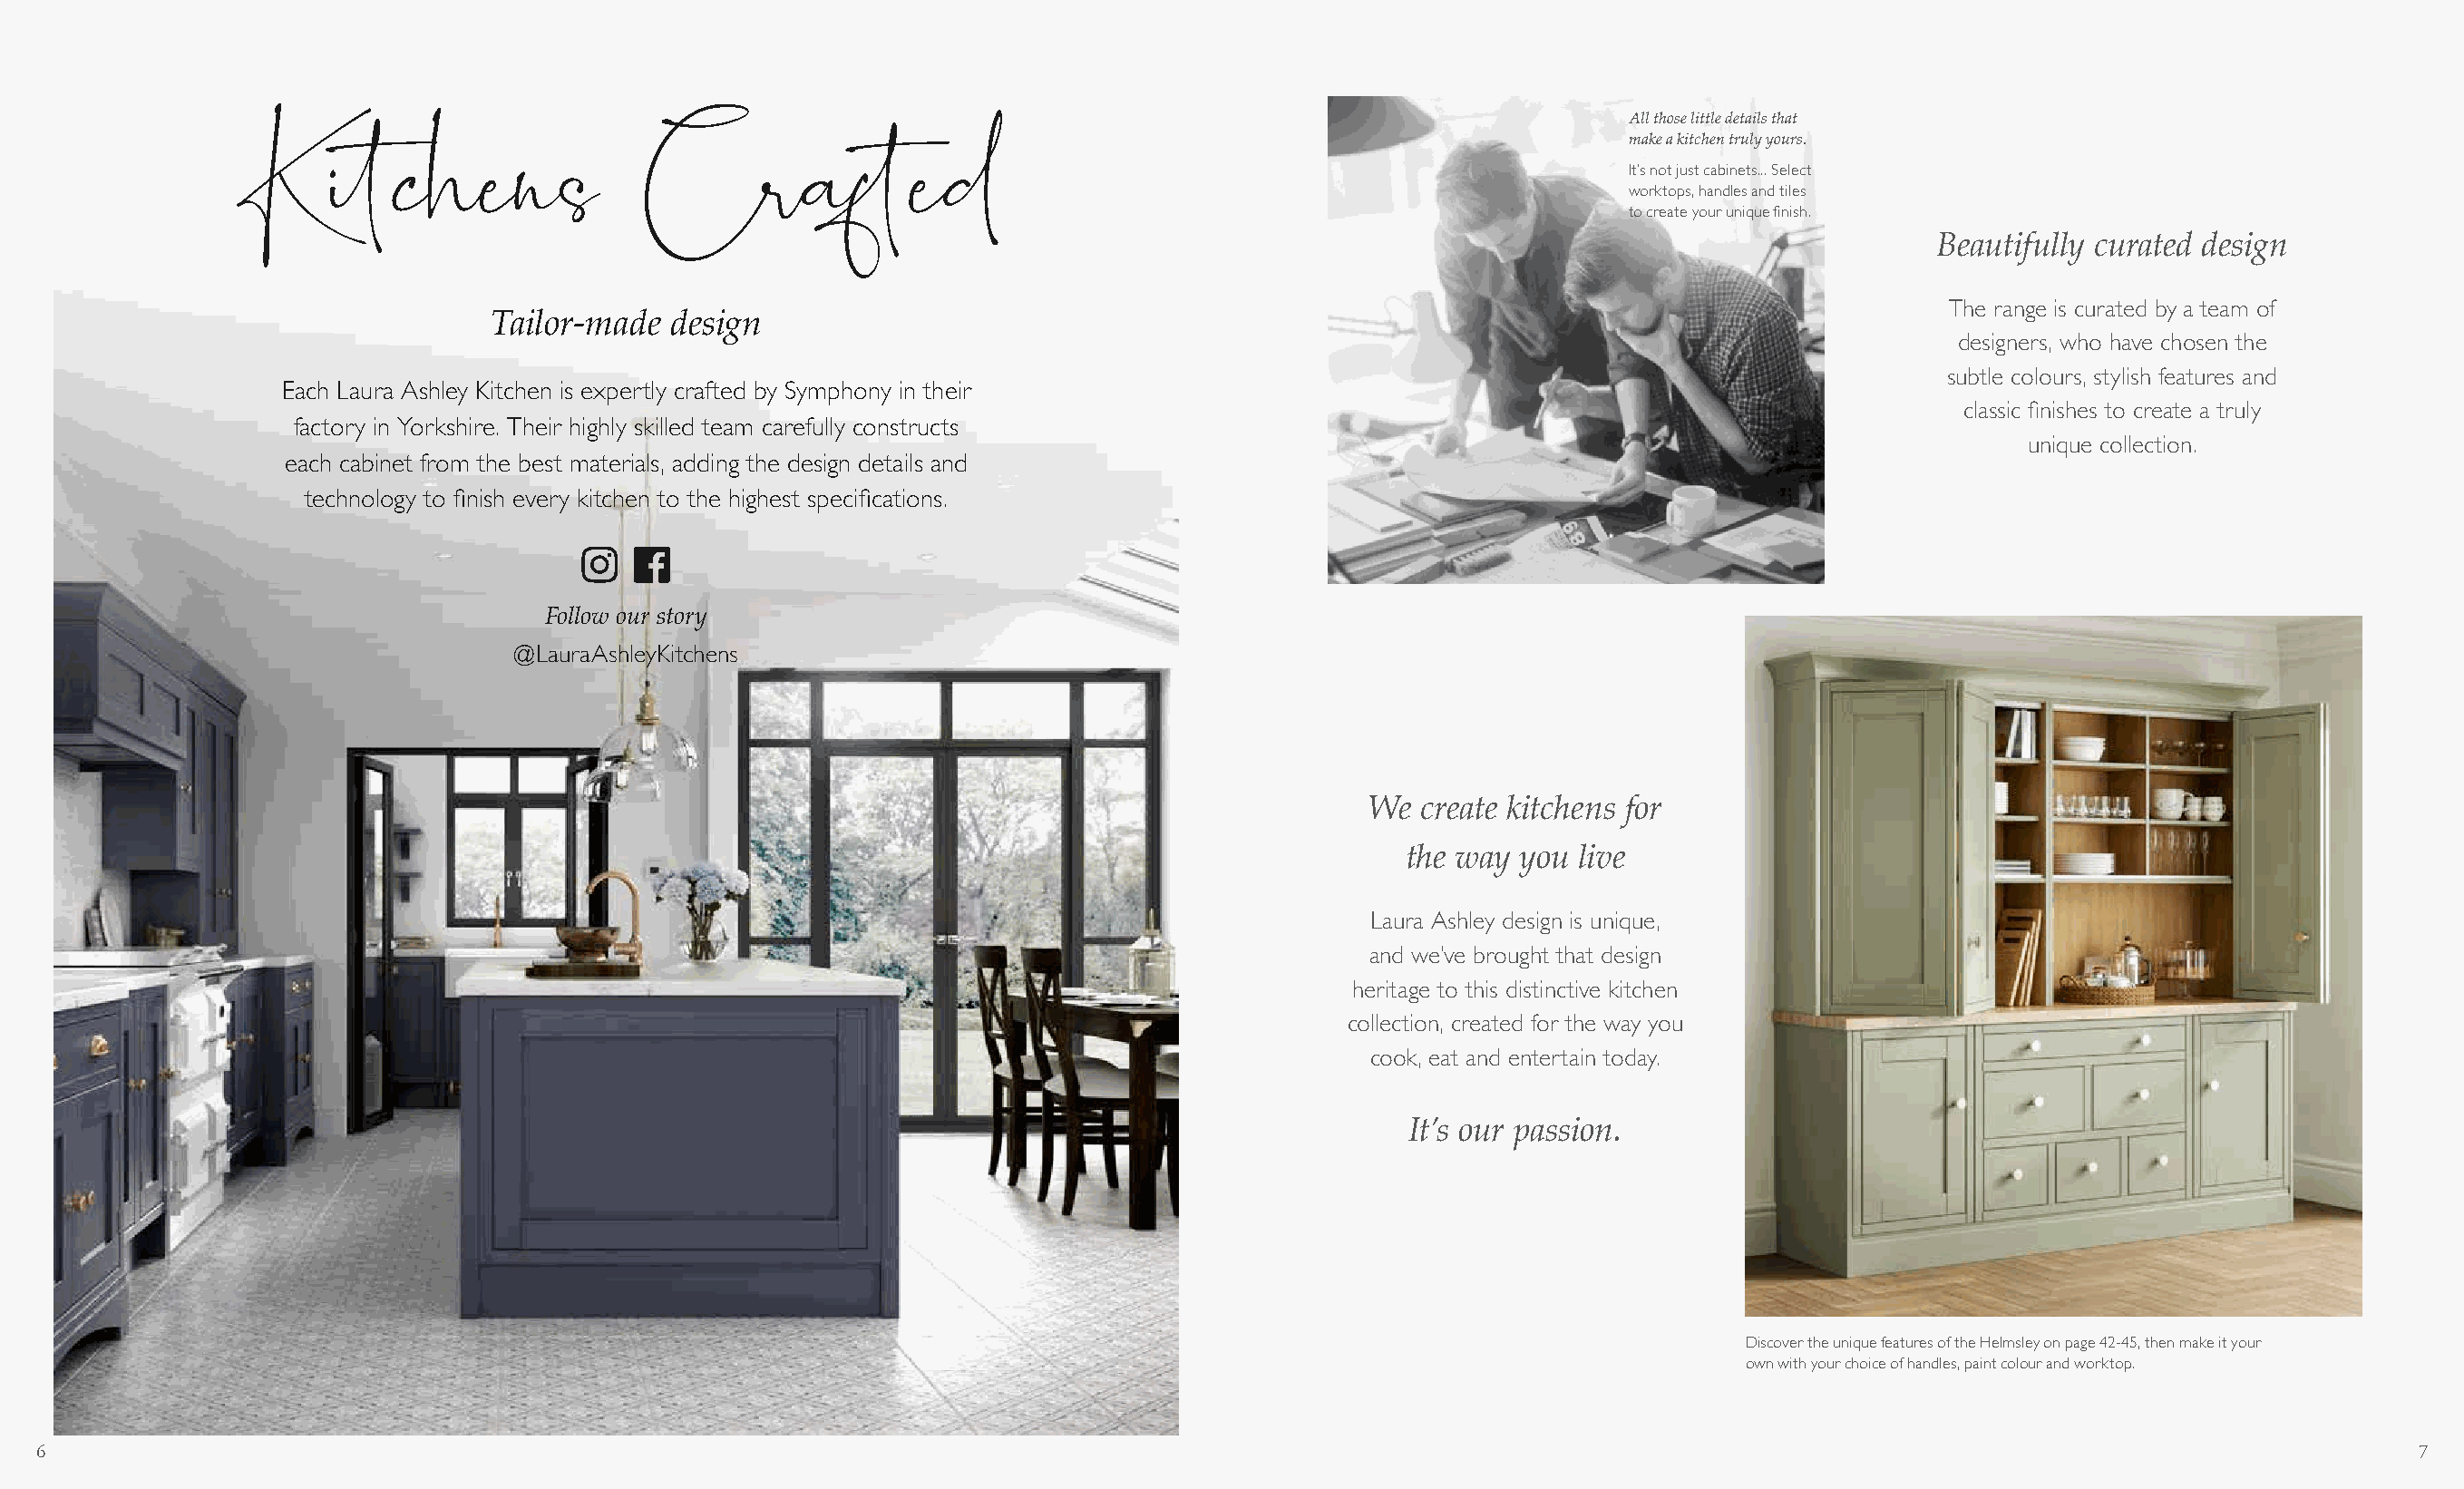
All those little details that
 make a kitchen truly yours.
 It’s not just cabinets... Select
 worktops, handles and tiles
 to create your unique finish.
 Beautifully curated design
 Kitchens                    Crafted
 The range is curated by a team of
 Tailor-made  design
 designers, who have chosen the
 subtle colours, stylish features and
 Each Laura Ashley Kitchen is expertly crafted by Symphony in their
 classic finishes to create a truly
 factory in Yorkshire. Their highly skilled team carefully constructs
 unique collection.
 each cabinet from the best materials, adding the design details and
 technology to finish every kitchen to the highest specifications.
 Follow our story
 @LauraAshleyKitchens
 We  create kitchens for
 the way you live
 Laura Ashley design is unique,
 and we’ve brought that design
 heritage to this distinctive kitchen
 collection, created for the way you
 cook, eat and entertain today.
 It’s our passion.
 Discover the unique features of the Helmsley on page 42-45, then make it your
 own with your choice of handles, paint colour and worktop.
 6                                                                                                                                                                             7